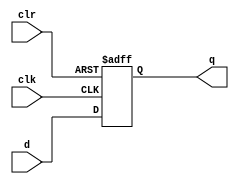
module d_flip_flop_with_clear (
    input d,
    input clk,
    input clr,
    output reg q
);

always @(posedge clk or posedge clr) begin
    if (clr) begin
        q <= 1'b0;
    end else begin
        q <= d;
    end
end

endmodule